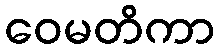
ဝေမတိကာ